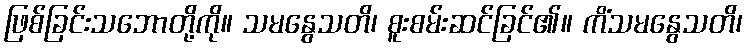
ဖြစ်ခြင်းသဘောတို့ကို။ သမနွေသတိ၊ စူးစမ်းဆင်ခြင်၏။ ကိံသမနွေသတိ၊